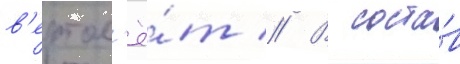
в'ертол'ё́т // В соста́в